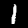
Label: 1